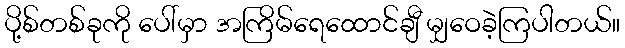
ပို့စ်တစ်ခုကို ပေါ်မှာ အကြိမ်ရေထောင်ချီ မျှဝေခဲ့ကြပါတယ်။